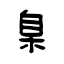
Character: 臬